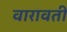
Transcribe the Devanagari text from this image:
वारावती